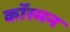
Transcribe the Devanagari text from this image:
कॉस्मन